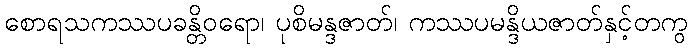
စောရသကဿပခန္တိဝရော၊ ပုစိမန္ဒဇာတ်၊ ကဿပမန္ဒိယဇာတ်နှင့်တကွ